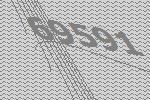
69591